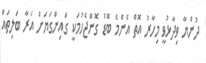
ދުންޔާ ވިދާޅުވީ މިހާރު އޮތް އެންމެ ބޮޑު ގޮންޖެހުމަކީ ގައިންގަޔަށް އަރާ ބަލިތައް